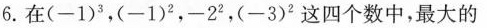
6.在(-1)^{3}，(-1)^{2}，-2^{2}，(-3)^{2}这四个数中，最大的